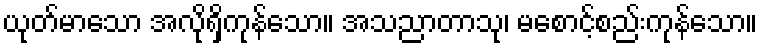
ယုတ်မာသော အလိုရှိကုန်သော။ အသညာတာသု၊ မစောင့်စည်းကုန်သော။